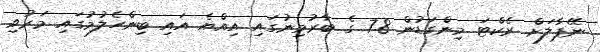
ނޭޕާލަށް ރެކްޓަ މިންގަޑުން 7.8 ގެ ބާރުމިނުގައި އިއްޔެ އައި ބިންހެލުމުގައި މަރުވި